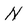
Character: N